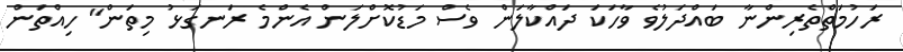
ރަހުމަތްތެރިންނާ ބައްދަލުވެ ވާހަކަ ދައްކާލަން ވެސް މަޑުކޮށްލަން އެންމެ ރަނގަޅު މިތަން" ހިއްތަން